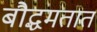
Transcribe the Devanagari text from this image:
बौद्धमतात